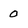
Character: 0